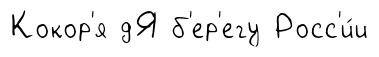
Кокор'я дЯ б'ер'егу Росс'и́и